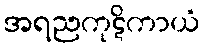
အရညကုဋိကာယံ